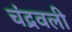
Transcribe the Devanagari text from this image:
चंद्रवली